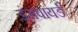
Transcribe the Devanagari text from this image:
इंसपायर्ड